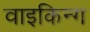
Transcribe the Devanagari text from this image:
वाइकिन्ग